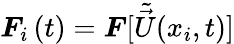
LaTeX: \boldsymbol{F}_{i}\left(t\right)=\boldsymbol{F}[\tilde{\vec{U}}(x_{i},t)]